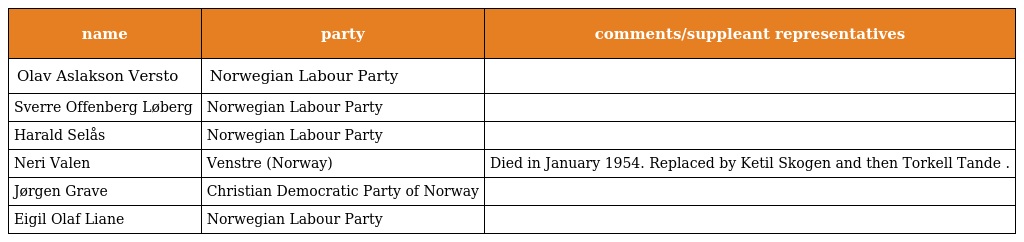
| name | party | comments/suppleant representatives |
 | --- | --- | --- |
 | Olav Aslakson Versto | Norwegian Labour Party |  |
 | Sverre Offenberg Løberg | Norwegian Labour Party |  |
 | Harald Selås | Norwegian Labour Party |  |
 | Neri Valen | Venstre (Norway) | Died in January 1954. Replaced by Ketil Skogen and then Torkell Tande . |
 | Jørgen Grave | Christian Democratic Party of Norway |  |
 | Eigil Olaf Liane | Norwegian Labour Party |  |